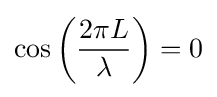
\cos \left({2\pi L \over \lambda }\right)=0